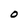
Character: O